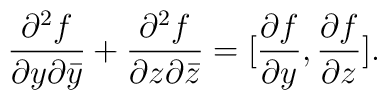
\frac{\partial ^2 f}{\partial y \partial \bar { y}} +\frac{\partial ^2 f}{\partial z \partial \bar { z}} =[\frac{\partial f}{\partial y}, \frac{\partial f}{\partial z}].